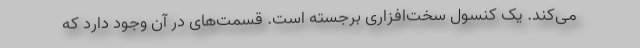
می‌کند. یک کنسول سخت‌افزاری برجسته است. قسمت‌های در آن وجود دارد که